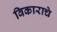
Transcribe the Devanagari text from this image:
विकाराचे